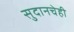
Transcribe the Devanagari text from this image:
सुदानचेही